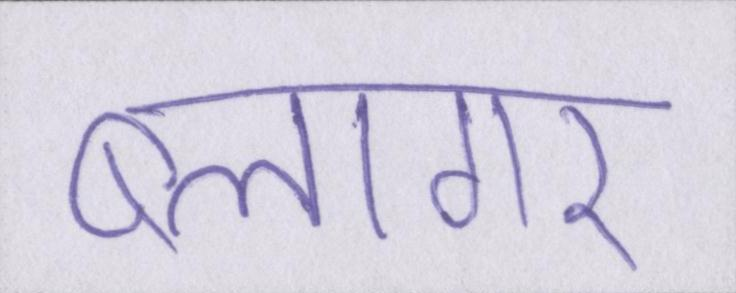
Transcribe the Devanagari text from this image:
ब्लागर